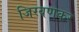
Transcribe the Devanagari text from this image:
जिरवणकर